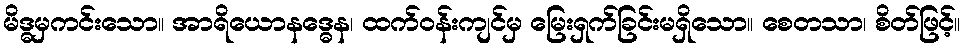
မိဒ္ဓမှကင်းသော။ အာရိယောနဒ္ဓေန၊ ထက်ဝန်းကျင်မှ မြေးရှက်ခြင်းမရှိသော။ စေတသာ၊ စိတ်ဖြင့်။